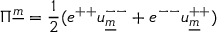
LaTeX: \Pi ^ { \underline { { { m } } } } = { \frac { 1 } { 2 } } ( e ^ { + + } u _ { \underline { { { m } } } } ^ { -- } + e ^ { -- } u _ { \underline { { { m } } } } ^ { + + } )